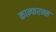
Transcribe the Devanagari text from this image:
कान्फरन्स